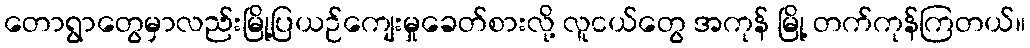
တောရွာတွေမှာလည်းမြို့ပြယဉ်ကျေးမှုခေတ်စားလို့ လူငယ်တွေ အကုန် မြို့ တက်ကုန်ကြတယ်။